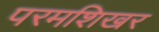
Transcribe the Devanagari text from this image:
परमशिखर